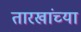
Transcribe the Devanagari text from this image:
तारखांच्या